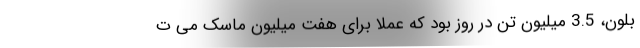
‌بلون، 3.5 میلیون تن در روز بود که عملا برای هفت میلیون ماسک می ت